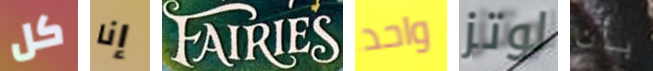
كل إنا FAIRIES واحد لوتز بأن